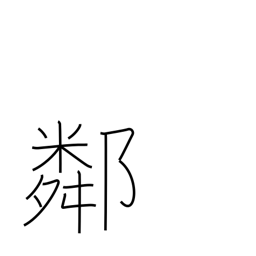
Meaning: neighborhood